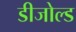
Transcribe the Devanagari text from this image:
डीजोल्ड